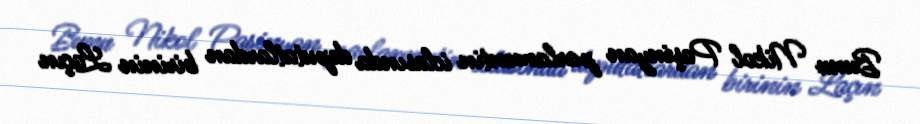
Bunu Nikol Paşinyan parlamentin iclasında deputatlardan birinin Laçın